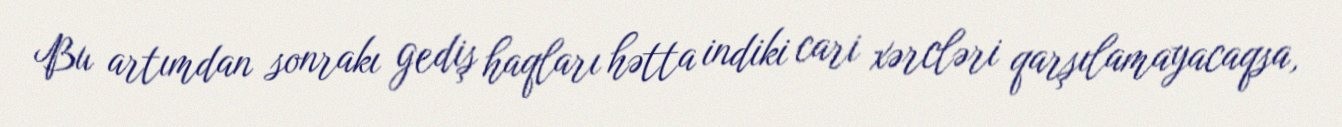
Bu artımdan sonrakı gediş haqları hətta indiki cari xərcləri qarşılamayacaqsa,